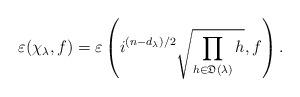
LaTeX: \begin{align*}\varepsilon(\chi_{\lambda},f)=\varepsilon\left(i^{(n-d_{\lambda})/2}\sqrt{\prod_{h\in{\mathfrak{D}(\lambda)}}h},f\right). \end{align*}